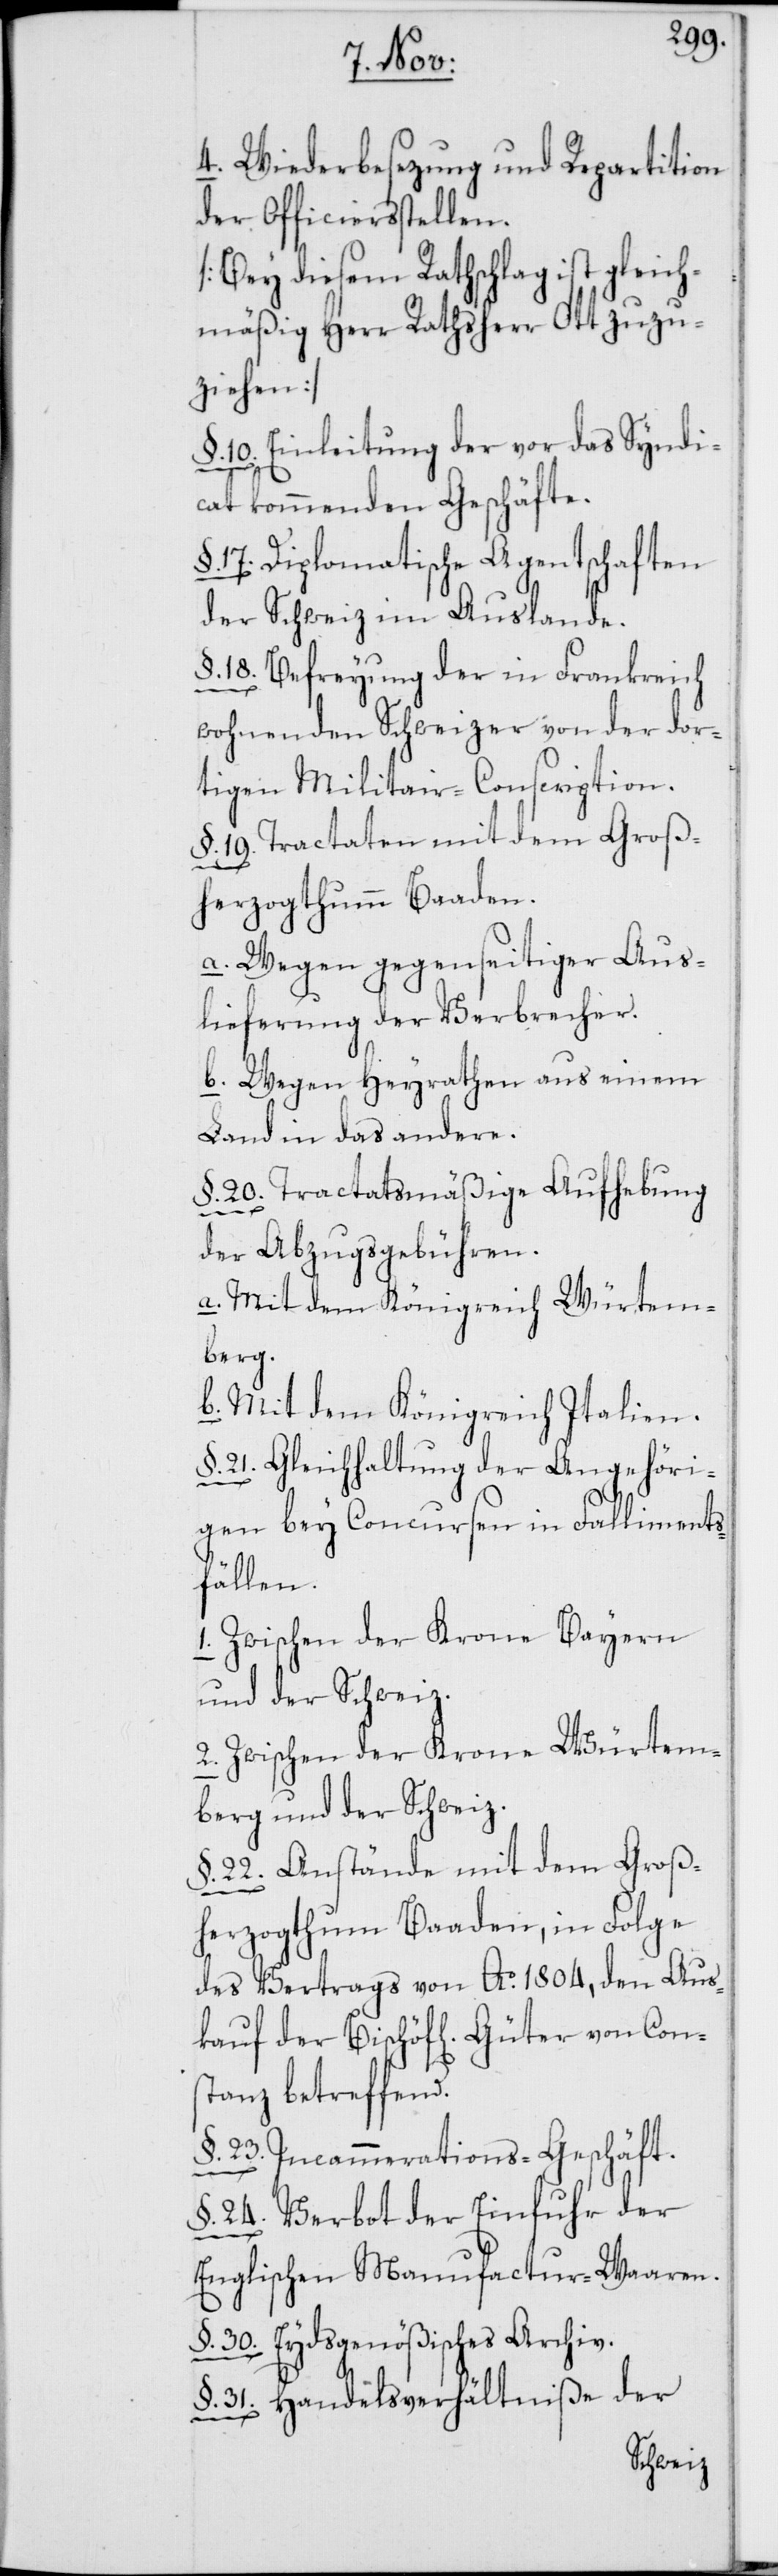
Con¬
4. Wiederbesetzung und Repartition
der Officiersstellen.
[Bey diesem Rathschlag ist gleich¬
mäßig Herr Rathsherr Ott zuzu¬
ziehen]
§. 10. Einleitung der vor das Syndi¬
cat kommenden Geschäfte.
§. 17. Diplomatische Agentschaften
der Schweiz im Auslande.
§. 18. Befreyung der in Frankreich
wohnenden Schweizer von der dor¬
tigen Militair-Conscription.
§. 19. Tractaten mit dem Groß¬
herzogthum Baaden.
a. Wegen gegenseitiger Aus¬
lieferung der Verbrecher.
b. Wegen Heyrathen aus einem
Land in das andere.
§. 20. Tractatsmäßige Aufhebung
der Abzugsgebühren.
a. Mit dem Königreich Würtem¬
berg.
b. Mit dem Königreich Italien.
§. 21. Gleichhaltung der Angehöri¬
gen bey Concursen in Falliment¬
sfällen.
1. Zwischen der Krone Bayern
und der Schweiz.
2. Zwischen der Krone Würtem¬
berg und der Schweiz.
§. 22. Anstände mit dem Groß¬
herzogthum Baaden, in Folge
des Vertrags von Ao. 1804, den Aus¬
stanz betreffend.
§. 23. Incammerations-Geschäft.
24. Verbot der Einfuhr der
Englischen Manufactur-Waaren.
§. 30. Eydsgenößisches Archiv.
§. 31. Handelsverhältniße der